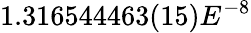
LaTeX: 1.316544463(15)E^{-8}